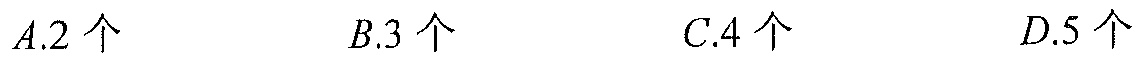
\(A.2个\)  \(B.3个\)  \(C.4个\)  \(D.5个\)